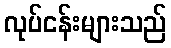
လုပ်ငန်းများသည်